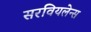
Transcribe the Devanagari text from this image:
सरवियलेन्स